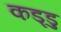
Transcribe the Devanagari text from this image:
कड्डु